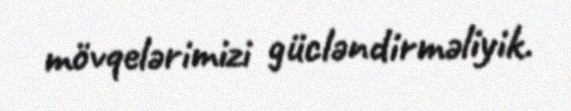
mövqelərimizi gücləndirməliyik.